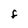
Character: F